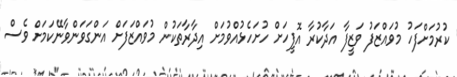
ކުރުމަށްފަހު މުވައްޒަފު ވަޒީފާ އަދާކުރާ އޮފީހަށް ހުށަހެޅުއްވުމަށް އިދާރާތަކުން މުވައްޒަފަށް އަންގަވަންވާނޭކަމަށް ވެސް